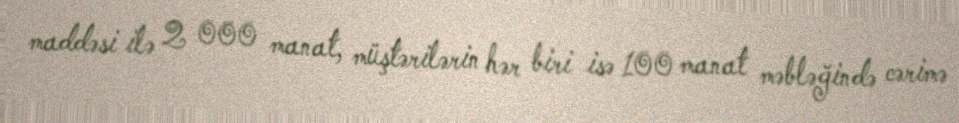
maddəsi ilə 2 000 manat, müştərilərin hər biri isə 100 manat məbləğində cərimə